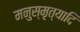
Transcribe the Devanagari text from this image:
मनुस्मृत्यादि